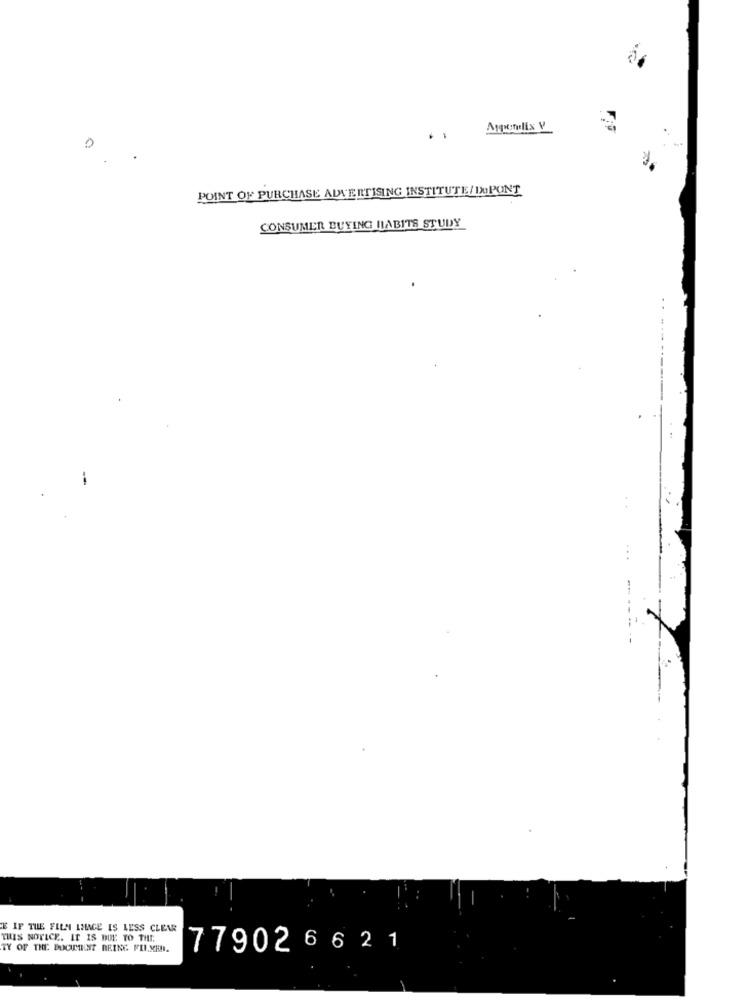
Appendix V
..
POINT OF PURCHASE ADVERTISING INSTITUTE/ DUPONT
CONSUMER BUYING HABITS STUDY
. .
E IF THE FILM IMAGE IS LESS CLEAR
THIS NOTICE. IT IS DUE TO THE
TY OF THE BOCIMIENT BEING FILMEN.
779026621